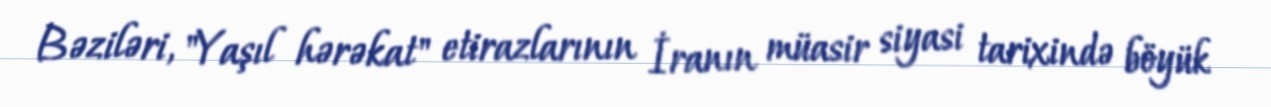
Bəziləri, "Yaşıl hərəkat" etirazlarının İranın müasir siyasi tarixində böyük